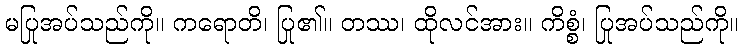
မပြုအပ်သည်ကို။ ကရောတိ၊ ပြု၏။ တဿ၊ ထိုလင်အား။ ကိစ္စံ၊ ပြုအပ်သည်ကို။